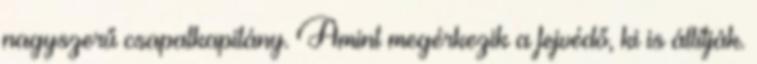
nagyszerű csapatkapitány. Amint megérkezik a fejvédő, ki is állítják.